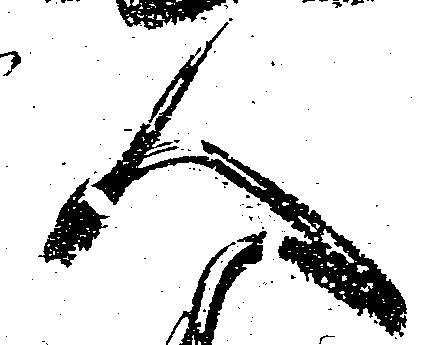
人